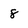
Character: 8